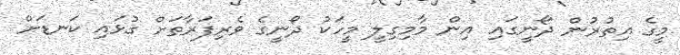
މީގެ އިތުރުން ދޯނީގައި އިން މާމިގިލީ މީހަކު ދޯނީގެ ވެރިފަރާތަށް ގުޅައި ކަނޑަށް